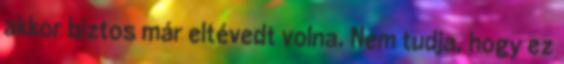
akkor biztos már eltévedt volna. Nem tudja, hogy ez